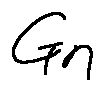
G _ { n }